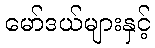
မော်ဒယ်များနှင့်